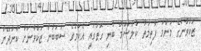
ޒަކްވާންގެ މަންމަ ފާތިމަތު ކުލްޝޫމާ ބުނި ގޮތުގައި އެކަމުގެ ސަބަބުން ޒަކްވާނަށް ކާންދޭން